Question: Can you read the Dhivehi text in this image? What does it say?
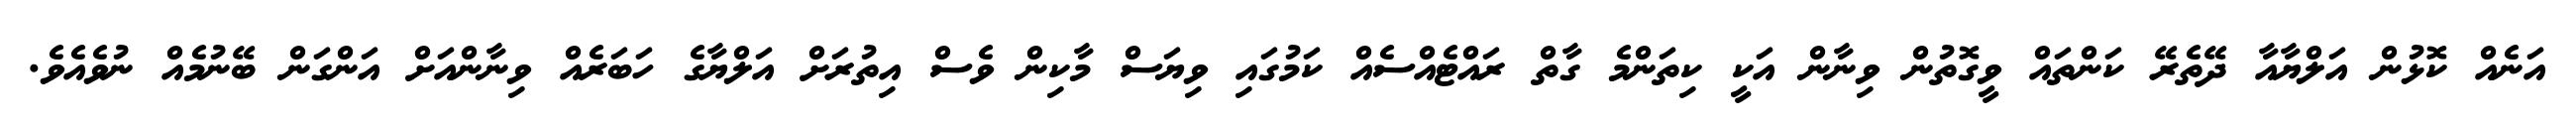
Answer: އަނެއް ކޮޅުން އަލްޔާއާ ދޭތެރޭ ކަންތައް ވީގޮތުން ވިނާން އަކީ ކިތަންމެ ގާތް ރައްޓެއްސެއް ކަމުގައި ވިޔަސް މާކިން ވެސް އިތުރަށް އަލްޔާގެ ހަބަރެއް ވިނާންއަށް އަންގަން ބޭނުމެއް ނުވެއެވެ.